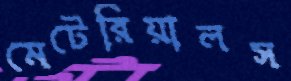
মেটেরিয়ালস